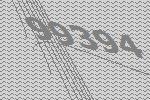
99394